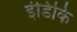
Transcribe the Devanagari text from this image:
इंडिकि